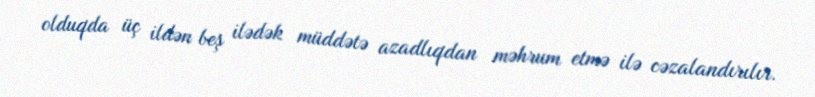
olduqda üç ildən beş ilədək müddətə azadlıqdan məhrum etmə ilə cəzalandırılır.